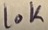
Text: 10K